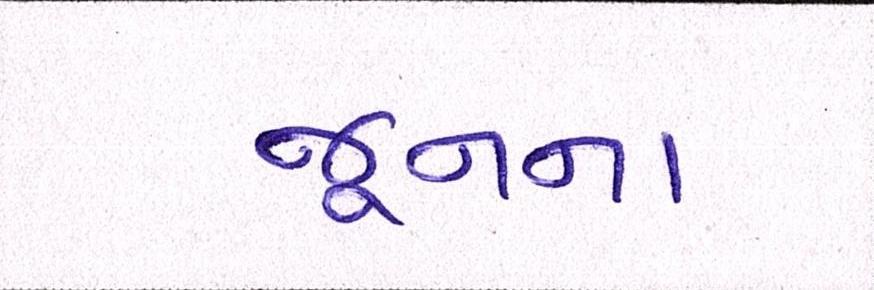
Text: જૂનના